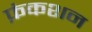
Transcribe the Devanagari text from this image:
फ़ंकशन